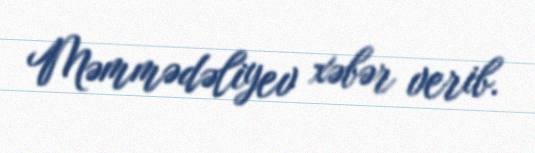
Məmmədəliyev xəbər verib.